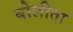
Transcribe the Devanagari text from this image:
बोलीता